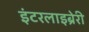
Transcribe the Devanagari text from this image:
इंटरलाइब्रेरी